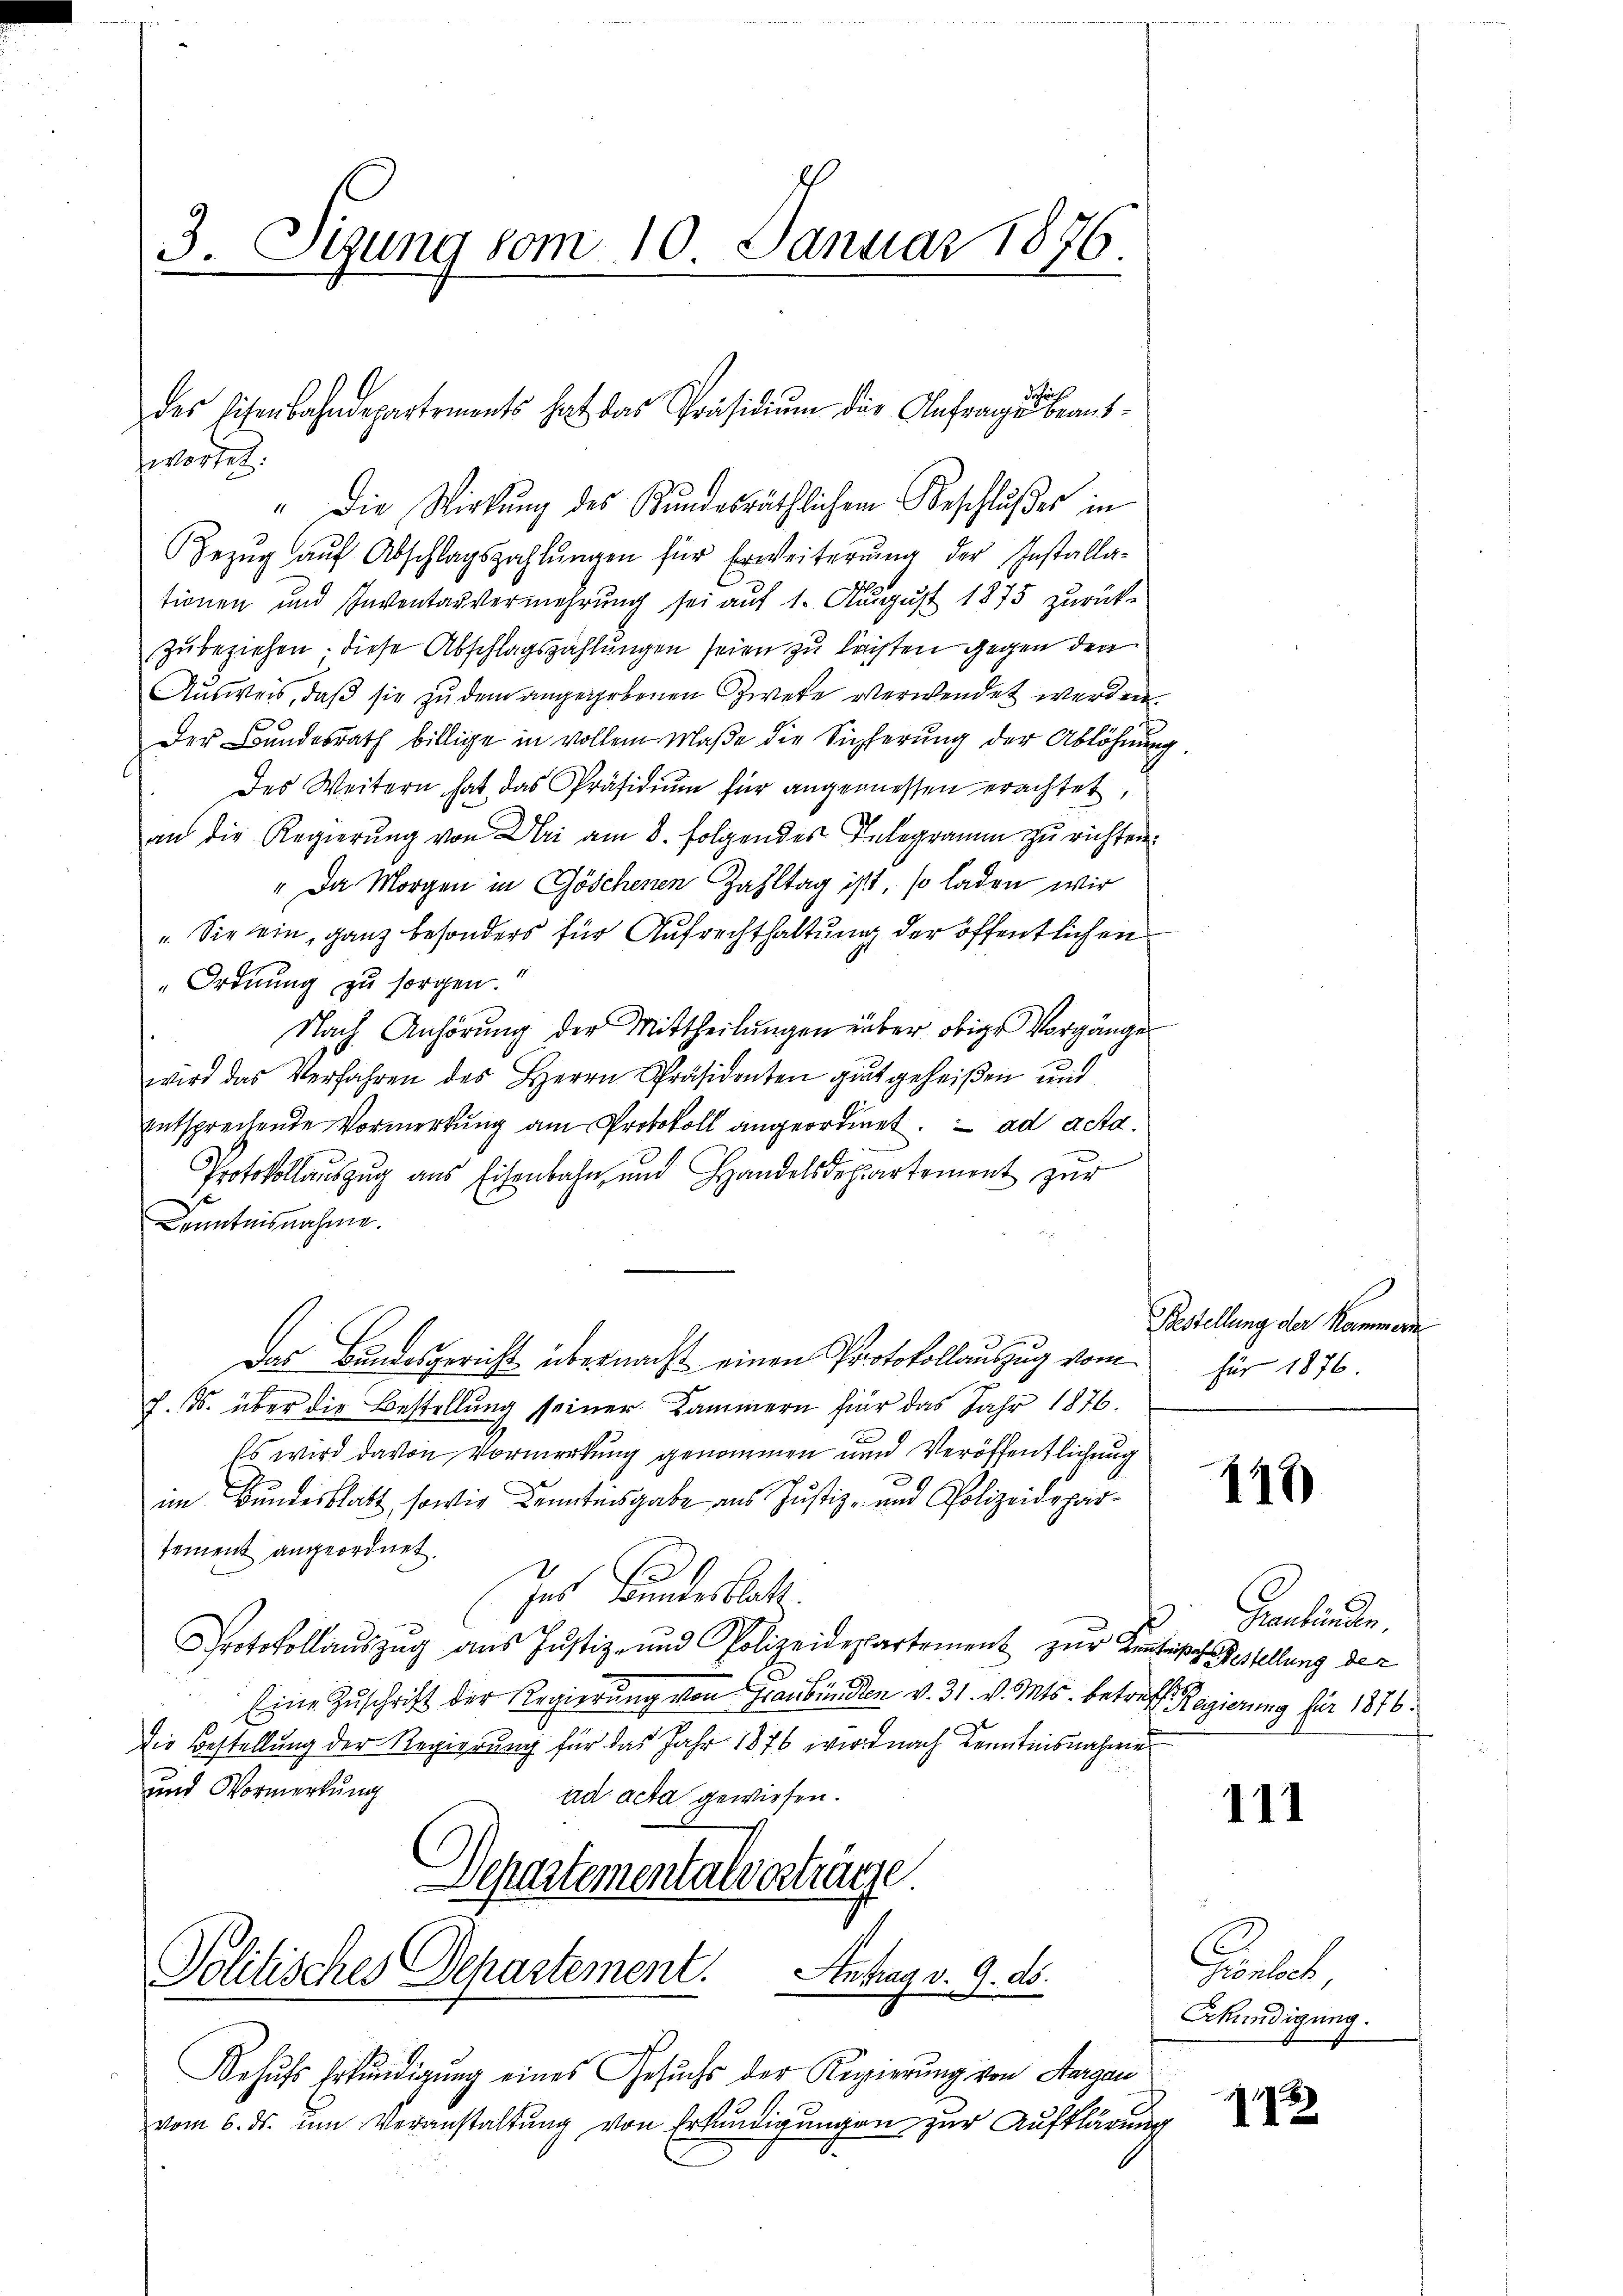
3. Sizung vom 10. Januar 1876.

wortet.
" Die Wirkŭng des Kŭndesräthlichen Beschlußes in
Bezŭg aŭf Abschlagszahlŭngen für Erweiterŭng der Installa-
tionen und Inventarvermehrung sei auf 1. August 1875 zurücke
zubeziehen. Diese Abschlagszahlungen seien zu leisten gegen den
Ausweis, daß sie zu dem angegebenen Zwete verwendet werden.
Der Bundesrath billige in vollem Maße die Sicherung der Ablöhnung.
Des Weitern hat das Präsidium für angemessen erachtet,
an die Regierung von Uri am 8. folgendes Telegramm zu richten.
" Da Morgen in Göschenen Zahltag ist, so laden wir
. Sie ein, ganz besonders für Aufrechthaltung der öffentlichen
"Ordnung zu sorgen.
Nach Anhörung der Mittheilŭngen über obige Vorgänge
wird das Verfahren des Herrn Präsidenten gŭt geheiβen und
entsprechende Vormerkung am Protokoll angeordnet. ad acta.
Protokollauszug aus Eisenbahn und Handelsdepartement zur
Kenntnisnahme.
Das Bundesgericht übernacht einen Protokollauszug vom
J. B. über die Bestellung seiner Kammern für das Jahr 1876.
Es wird davon Vormerkung genommen und Veröffentlichung
c
im Bundesblatt, sowie Kenntnisgabe aus Justiz- und Polizeidepartement angeordnet.
Jes Bundesblatt.
Protokollaŭszŭg aŭs Justiz- und Polizeidepartement zŭr Kentisch Gestellung der
Eine Zŭschrift der Regierung von Graubünden v. 31. v. Mts. betreff Regierung für 1876.
die Bestellung der Regierung für das Jahr 1876 wird nach Kenntnisnahme
und Vormerkung
ad acta gewiesen.
Departementalverträge.

daher
des Eisenbahndepartements hat das Präsidiŭm der Anfrage beant-

Politisches Departement. Antrag v. 9. ds.

Behufs Erkundigung eines Gesuchs der Regierung von Aargau
vom 6. ds. ŭm Veranstaltung von Erkundigungen zur Aufklärung

Festellung der Kammern
für 1876.

112)

Graubünden

111

Cartet,
Erkundigung.

2